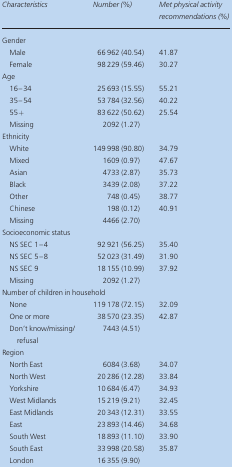
| Characteristics | Number (%) | Met physical activity recommendations (%) |
 | --- | --- | --- |
 | <COLSPAN=3> Gender |
 | Male | 66 962 (40.54) | 41.87 |
 | Female | 98 229 (59.46) | 30.27 |
 | <COLSPAN=3> Age |
 | 16–34 | 25 693 (15.55) | 55.21 |
 | 35–54 | 53 784 (32.56) | 40.22 |
 | 55+ | 83 622 (50.62) | 25.54 |
 | Missing | 2092 (1.27) |  |
 | <COLSPAN=3> Ethnicity |
 | White | 149 998 (90.80) | 34.79 |
 | Mixed | 1609 (0.97) | 47.67 |
 | Asian | 4733 (2.87) | 35.73 |
 | Black | 3439 (2.08) | 37.22 |
 | Other | 748 (0.45) | 38.77 |
 | Chinese | 198 (0.12) | 40.91 |
 | Missing | 4466 (2.70) |  |
 | <COLSPAN=3> Socioeconomic status |
 | NS SEC 1–4 | 92 921 (56.25) | 35.40 |
 | NS SEC 5–8 | 52 023 (31.49) | 31.90 |
 | NS SEC 9 | 18 155 (10.99) | 37.92 |
 | Missing | 2092 (1.27) |  |
 | <COLSPAN=3> Number of children in household |
 | None | 119 178 (72.15) | 32.09 |
 | One or more | 38 570 (23.35) | 42.87 |
 | Don't know/missing/ refusal | 7443 (4.51) |  |
 | <COLSPAN=3> Region |
 | North East | 6084 (3.68) | 34.07 |
 | North West | 20 286 (12.28) | 33.84 |
 | Yorkshire | 10 684 (6.47) | 34.93 |
 | West Midlands | 15 219 (9.21) | 32.45 |
 | East Midlands | 20 343 (12.31) | 33.55 |
 | East | 23 893 (14.46) | 34.68 |
 | South West | 18 893 (11.10) | 33.90 |
 | South East | 33 998 (20.58) | 35.87 |
 | London | 16 355 (9.90) |  |